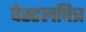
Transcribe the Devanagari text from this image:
पेस्टलचित्र